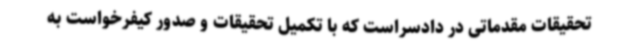
تحقیقات مقدماتی در دادسراست که با تکمیل تحقیقات و صدور کیفرخواست به